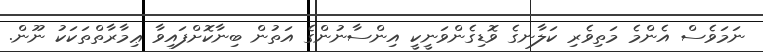
ނަމަވެސް އެންމެ މަތިވެރި ކަލާނގެ ވޮޑިގެންވަނީކީ އިންސާނުންގެ އަތުން ބިނާކޮށްފައިވާ ޢިމާރާތްތަކަކު ނޫން.